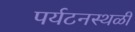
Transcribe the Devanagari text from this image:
पर्यटनस्‍थळी